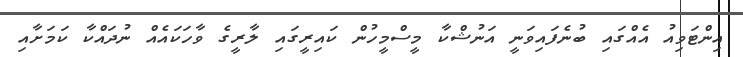
އިންޓަވިއު އެއްގައި ބުނެފައިވަނީ އަނުޝްކާ މީސްމީހުން ކައިރީގައި ލާރީގެ ވާހަކައެއް ނުދައްކާ ކަމަށާއި